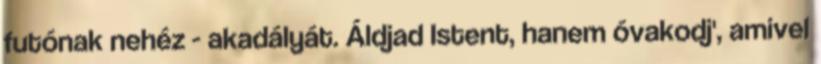
futónak nehéz - akadályát. Áldjad Istent, hanem óvakodj', amivel